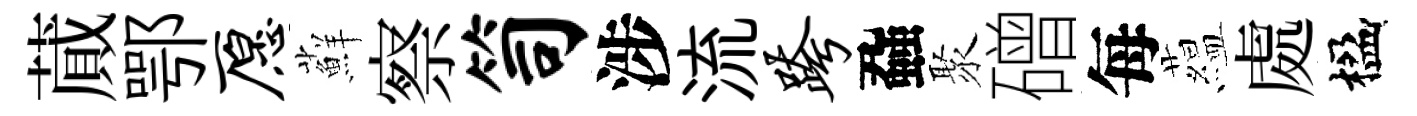
蕆鄂愿蘚察笥涉流跨蝨聚磳每藴處楹